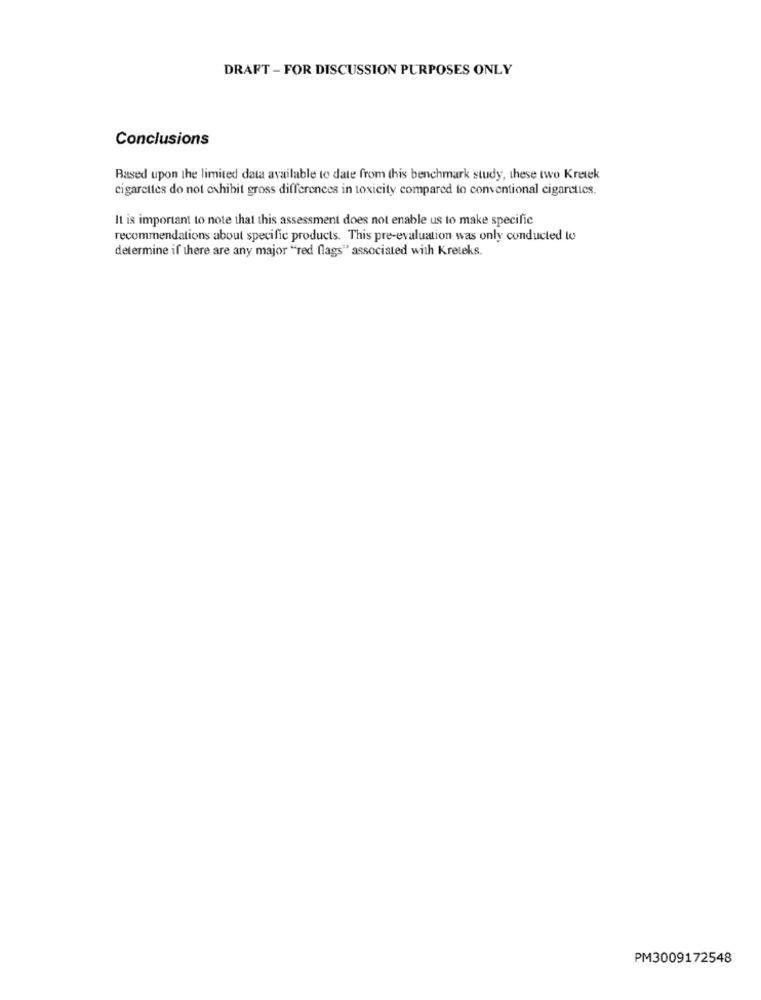
DRAFT - FOR DISCUSSION PURPOSES ONLY
Conclusions
Based upon the limited data available to date from this benchmark study, these two Kretek
cigarettes do not exhibit gross differences in toxicity compared to conventional cigarettes.
It is important to note that this assessment does not enable us to make specific
recommendations about specific products. This pre-evaluation was only conducted to
determine if there are any major "red flags" associated with Kreteks.
PM3009172548